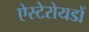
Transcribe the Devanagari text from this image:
ऐस्टेरोयडों